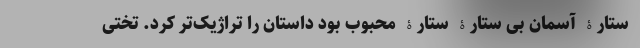
ستارۀ آسمان بی ستارۀ ستارۀ محبوب بود داستان را تراژیک‌تر کرد. تختی